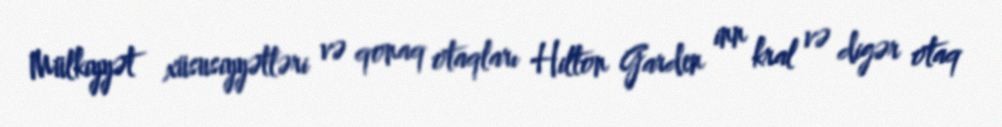
Mülkiyyət xüsusiyyətləri və qonaq otaqları Hilton Garden inn kral və digər otaq